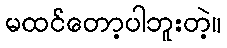
မထင်တော့ပါဘူးတဲ့။